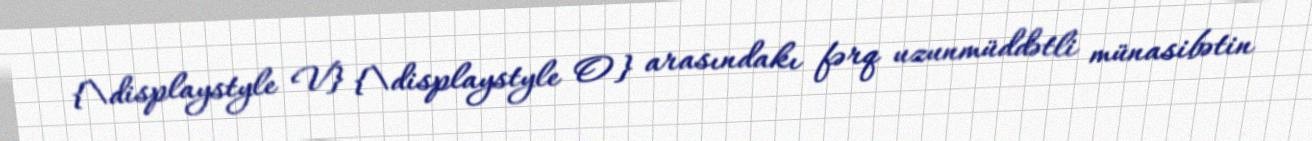
{\displaystyle V} {\displaystyle O} arasındakı fərq uzunmüddətli münasibətin